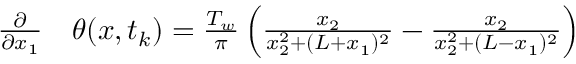
\begin{array} { r l } { \frac { \partial } { \partial x _ { 1 } } } & { { } \theta ( x , t _ { k } ) = \frac { T _ { w } } { \pi } \left( \frac { x _ { 2 } } { x _ { 2 } ^ { 2 } + ( L + x _ { 1 } ) ^ { 2 } } - \frac { x _ { 2 } } { x _ { 2 } ^ { 2 } + ( L - x _ { 1 } ) ^ { 2 } } \right) } \end{array}